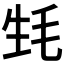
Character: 𣬺